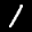
Digit: 1